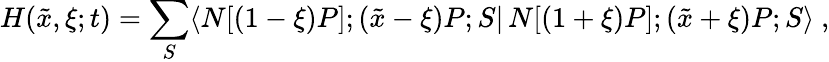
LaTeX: H(\tilde{x},\xi;t)=\sum_{S}\langle N[(1-\xi)P];(\tilde{x}-\xi)P;S|\, N[(1+\xi)P];(\tilde{x}+\xi)P;S\rangle\ ,